Lunatic asylums Punjab 1868-1880 - 1868-1880
Year: 1868
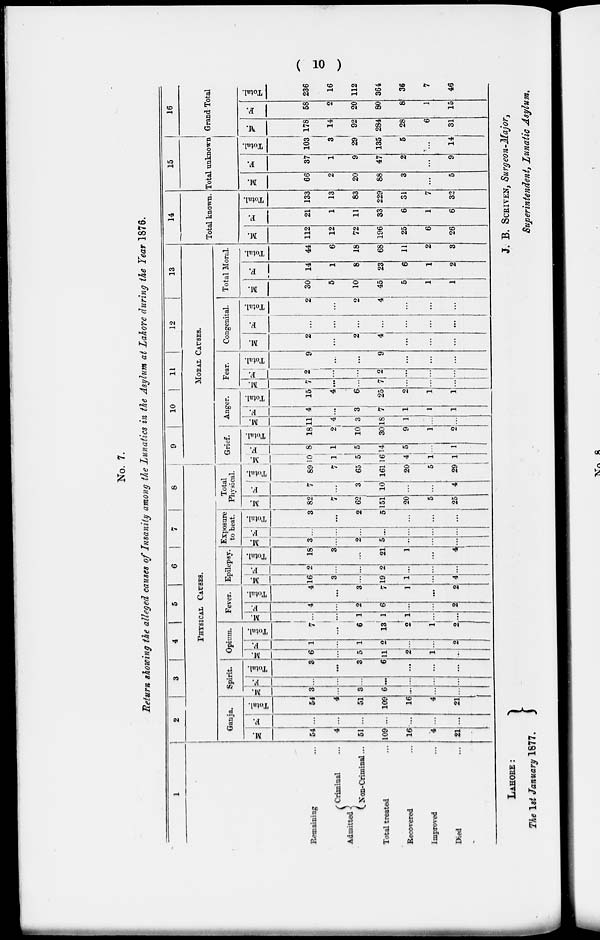
(
10 )
No. 7.
Return showing the alleged causes of Insanity among the Lunatics in the Asylum at Lahore during the Year 1876.
1
Remaining ...
Admitted
Criminal ...
Non-Criminal ...
Total treated ...
Recovered ...
Improved ...
Died
...
2
3
4
5
6
7
8
PHYSICAL CAUSES.
Ganja.
M.
54
4
51
109
16
4
21
F.
...
...
...
...
...
...
...
Total.
54
4
51
109
16
4
21
Spirit.
M.
3
...
3
6
...
...
...
F.
...
...
...
...
...
...
...
Total.
3
...
3
6
...
...
...
Opium.
M.
6
...
5
11
2
1
...
F.
1
...
1
2
...
...
2
Total
7
...
6
13
...
...
...
2
Fever.
M.
...
...
1
...
...
...
...
...
F.
4
...
2
6
...
2
Total.
4
...
3
7
1
...
2
Epilepsy.
M.
16
3
...
19
1
4
F.
2
...
...
2
...
...
Total.
18
3
...
21
1
...
4
Exposure
to heat.
M.
3
...
2
5
...
...
...
F.
...
...
...
...
...
...
...
Total.
3
...
2
5
...
...
...
Total
Physical.
M.
82
7
62
151
20
5
25
F.
7
...
3
10
...
...
4
Total.
89
7
65
161
20
5
29
9
10
11
12
13
MORAL CAUSES.
Grief.
M.
i
10
1
5
16
4
1
1
F.
8
1
5
14
5
...
1
Total.
18
2
10
30
9
1
2
Anger.
M.
11
4
3
18
1
...
...
F.
4
...
3
7
1
1
1
Total.
15
4
6
25
2
1
1
Fear.
M.
7
...
...
7
...
...
...
F.
2
...
...
2
...
...
...
Total.
9
...
...
9
...
...
...
Congenital.
M.
2
...
2
4
...
...
...
F.
...
...
...
...
...
...
...
Total.
2
...
2
4
...
...
...
Total Moral
M.
30
5
10
45
5
1
1
F.
14
1
8
23
6
1
2
Total.
44
6
18
68
11
2
3
14
Total known.
M.
112
12
72
196
25
6
26
F.
21
1
11
33
6
1
6
Total.
133
13
83
229
31
7
32
15
Total unknown
M.
66
2
20
88
3
...
5
F.
37
1
9
47
2
...
9
Total.
103
3
29
135
5
...
14
16
Grand Total
M.
178
14
92
284
28
6
31
F.
58
2
20
80
8
1
15
Total.
236
16
112
364
36
7
46
LAHORE:
The 1st January 1877.
J. B. SCRIVEN, Surgeon-Major,
Superintendent, Lunatic Asylum.